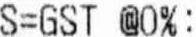
S=GST @0%: